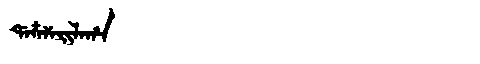
Manchu: ᡩᠠᠴᠶᠠᡳᠯᠠᡥᠠ
Romanization: DACYAILAHA